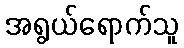
အရွယ်ရောက်သူ